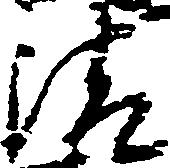
清